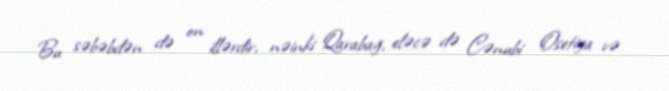
Bu səbəbdən də on illərdir, nəinki Qarabağ, eləcə də Cənubi Osetiya və